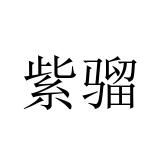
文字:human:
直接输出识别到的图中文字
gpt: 紫骝